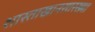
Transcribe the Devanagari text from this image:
शास्ताखानसारख्या